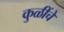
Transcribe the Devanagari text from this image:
कुळींचे